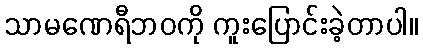
သာမဏေရီဘဝကို ကူးပြောင်းခဲ့တာပါ။